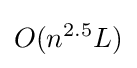
O(n^{2.5}L)